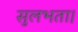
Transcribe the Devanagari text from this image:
सुलभता।